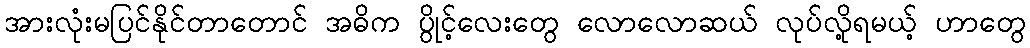
အားလုံးမပြင်နိုင်တာတောင် အဓိက ပွိုင့်လေးတွေ လောလောဆယ် လုပ်လို့ရမယ့် ဟာတွေ